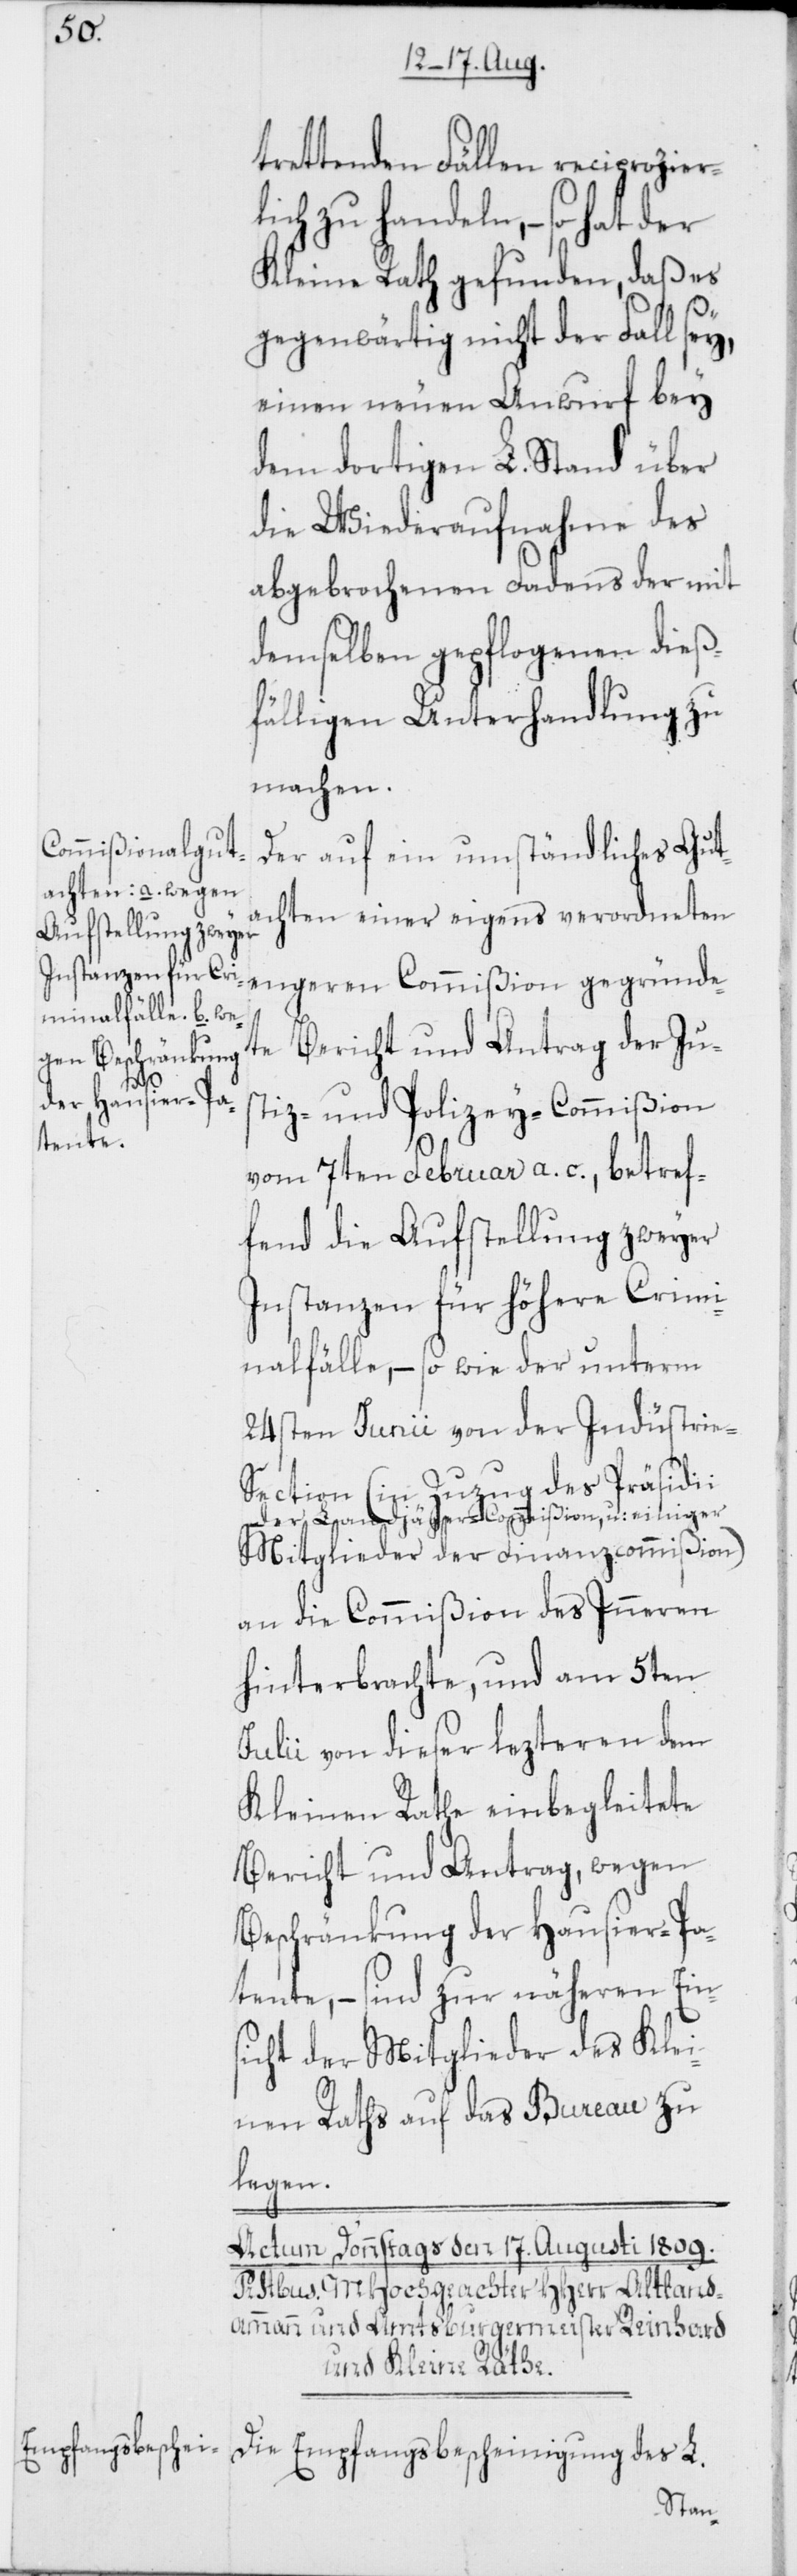
trettenden Fällen reciprozier¬
lich zu handeln, – so hat der
Kleine Rath gefunden, daß es
gegenwärtig nicht der Fall sey,
einen neuen Anwurf bey
dem dortigen L. Stand über
die Wiederaufnahme des
abgebrochenen Fadens der mit
demselben gepflogenen dieß¬
fälligen Unterhandlung zu
machen.
Commißion gegründ¬
Der auf ein umständliches Gut¬
achten einer eigens verordneten
Bericht und Antrag der Jus¬
ete
tiz- und Polizey-Commißion
vom 7ten Februar a. c., betref¬
fend die Aufstellung zweyer
Instanzen für höhere Crimi¬
nalfälle, – so wie der unterm
24sten Junii von der Indüstrie-S¬
ection (in Zuzug des Präsidii
a-der Landjäger-Commißion, u: einiger-a
Mitglieder der Finanzcommißion)
an die Commißion des Inneren
hinterbrachte, und am 5ten
Julii von dieser lezteren dem
Kleinen Rathe einbegleitete
Bericht und Antrag, wegen
Beschränkung der Hausier-Pa¬
tente, – sind zur näheren Ein¬
sicht der Mitglieder des Klei¬
nen Raths auf das Bureau zu
legen.
Die Empfangsbescheinigung des L.